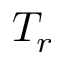
T _ { r }